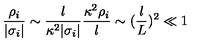
{ \frac { \rho _ { i } } { | \sigma _ { i } | } } \sim { \frac { l } { \kappa ^ { 2 } | \sigma _ { i } | } } { \frac { \kappa ^ { 2 } \rho _ { i } } { l } } \sim ( { \frac { l } { L } } ) ^ { 2 } \ll 1